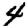
Digit: 4